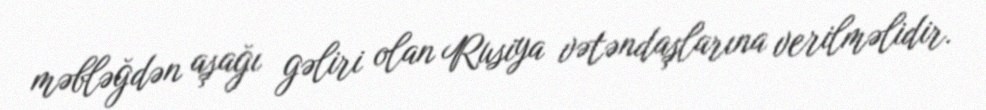
məbləğdən aşağı gəliri olan Rusiya vətəndaşlarına verilməlidir.